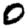
Digit: 0